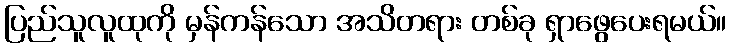
ပြည်သူလူထုကို မှန်ကန်သော အသိတရား တစ်ခု ရှာဖွေပေးရမယ်။